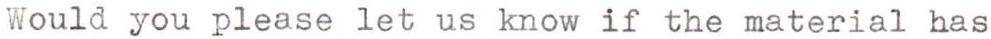
Would you please let us know if the material has